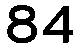
84